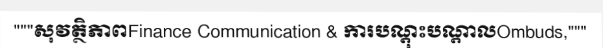
"""សុវត្ថិភាពFinance Communication & ការបណ្តុះបណ្តាលOmbuds,"""